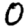
Digit: 0